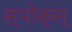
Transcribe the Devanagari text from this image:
स्पोक्स्